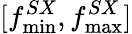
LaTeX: [f_{\operatorname*{min}}^{SX},f_{\operatorname*{max}}^{SX}]